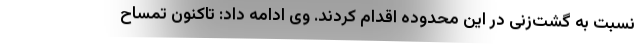
نسبت به گشت‌زنی در این محدوده اقدام کردند. وی ادامه داد: تاکنون تمساح